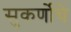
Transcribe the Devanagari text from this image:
सुकर्णोचे